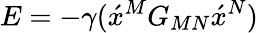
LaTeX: E=-\gamma(\acute{x}\vphantom{x}^{M}G_{MN}\acute{x}\vphantom{x}^{N})